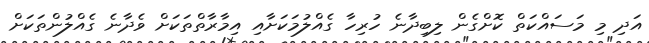
އަދި މި މަސައްކަތް ކޮށްގެން ލިބިދާނެ ހުރިހާ ގެއްލުމަކަށާއި އިމާރާތްތަކަށް ވެދާނެ ގެއްލުންތަކަށް